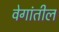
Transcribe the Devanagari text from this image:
वेगांतील